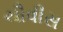
ચૌવીસ